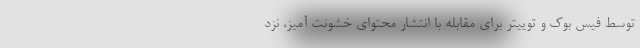
توسط فیس بوک و توییتر برای مقابله با انتشار محتوای خشونت آمیز، نزد